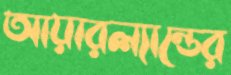
আয়ারল্যান্ডের